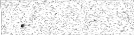
.